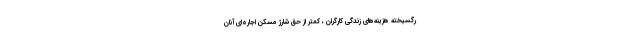
رگسیخته هزینه‌های زندگی کارگران ، کمتر از حق شارژ مسکن اجاره‌ای آنان